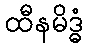
ထီနမိဒ္ဓံ